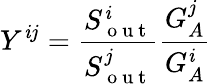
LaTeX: Y^{\mathit{i}j}=\frac{{S_{\mathrm{{~o~u~t~}}}^{\mathit{i}}}}{{S_{\mathrm{{~o~u~t~}}}^{j}}}\frac{{G_{A}^{j}}}{{G_{A}^{\mathit{i}}}}